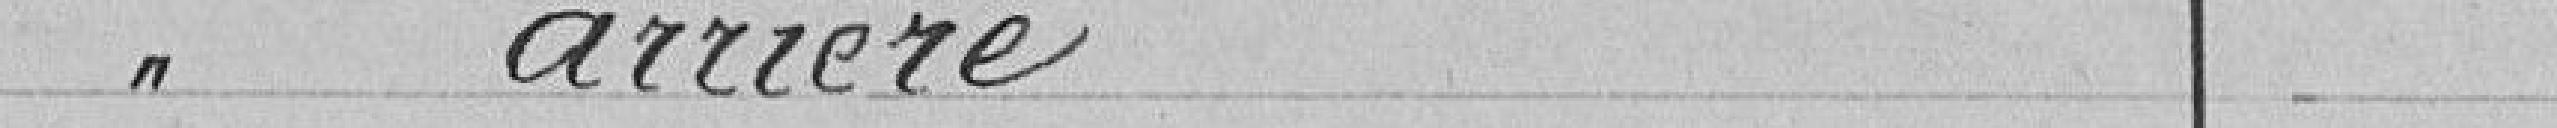
Voie arrière